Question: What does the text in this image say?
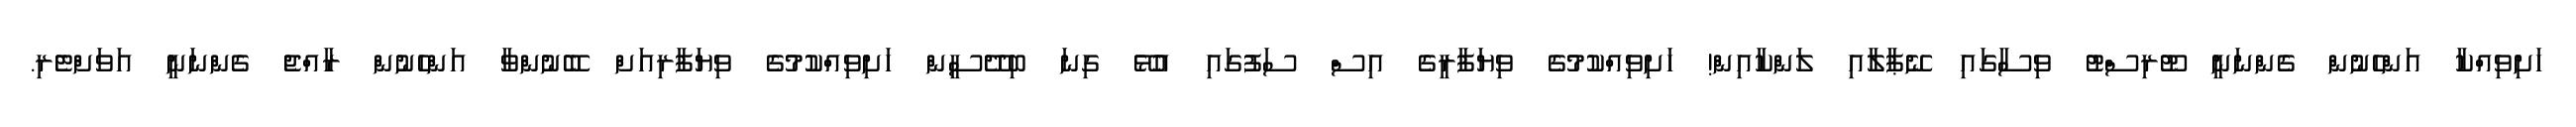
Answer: ހަށިވިއްކާ އަންހެނުން ގެންނަނީ ޓޫރިސްޓު ވިސާގައި ނޭޕާލާއި ލަންކާއިން! ހަށިވިއްކުމުގެ ވިޔަފާރީގެ އިސް ސަފުގައި އުޅޭ ގިނަ ބިދޭސީން ހަށިވިއްކުމުގެ ވިޔަފާރިއަށް ބޭނުންވާ އަންހެނުން ރާއްޖެ ގެންނަނީ އަވަށްޓެރި.